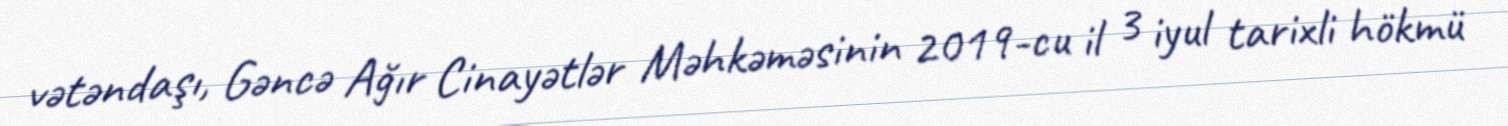
vətəndaşı, Gəncə Ağır Cinayətlər Məhkəməsinin 2019-cu il 3 iyul tarixli hökmü